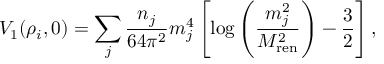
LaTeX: V _ { 1 } ( \rho _ { i } , 0 ) = \sum _ { j } { \frac { n _ { j } } { 6 4 \pi ^ { 2 } } } m _ { j } ^ { 4 } \left[ \log \left( { \frac { m _ { j } ^ { 2 } } { M _ { \mathrm { r e n } } ^ { 2 } } } \right) - { \frac { 3 } { 2 } } \right] ,